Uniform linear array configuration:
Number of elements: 16
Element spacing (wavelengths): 0.5
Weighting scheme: cosine
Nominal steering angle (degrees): -45
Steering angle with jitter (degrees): -44.27
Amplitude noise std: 0.05
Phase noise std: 0.05

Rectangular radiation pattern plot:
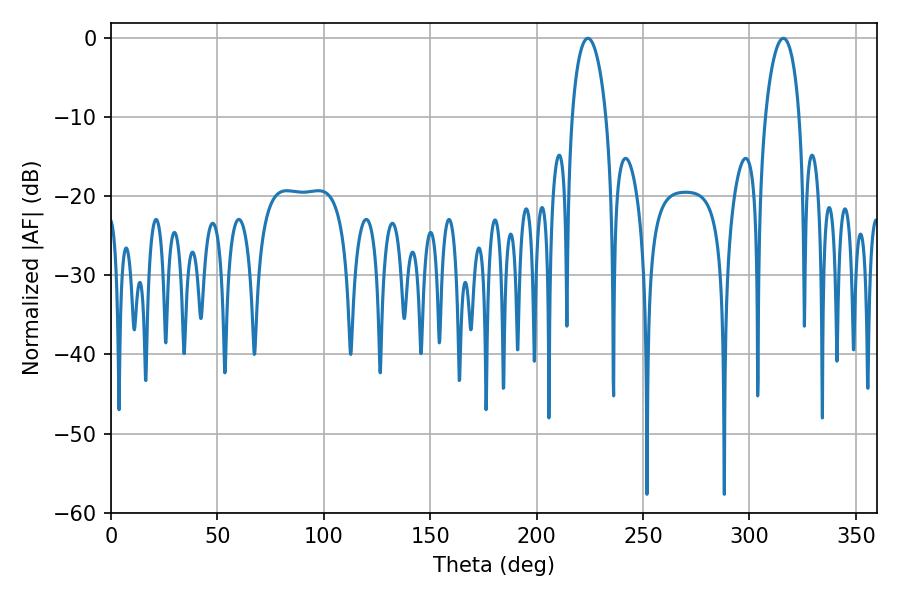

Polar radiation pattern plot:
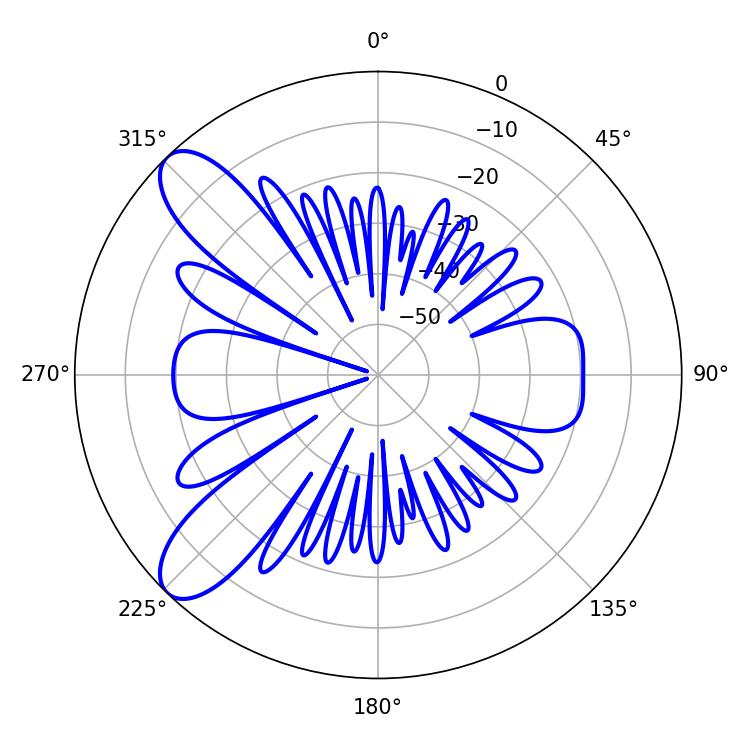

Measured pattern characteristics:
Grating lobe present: FALSE
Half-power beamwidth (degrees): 9.18
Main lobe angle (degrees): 224.1